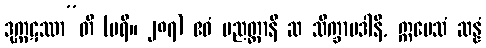
ဒုက္ကဋဿာ”တိ (ပရိ။ ၂၈၇) ဧဝံ ပညတ္တာနိ ဆ သိက္ခာပဒါနိ, ဣမေသံ ဆန္နံ